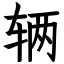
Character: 辆